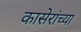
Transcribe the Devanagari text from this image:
कासेरांच्या